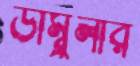
ডাম্বুলার